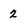
Character: 2